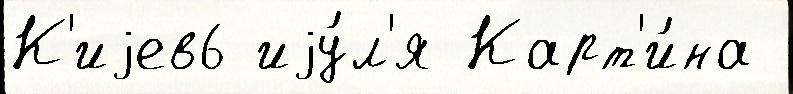
К'иjев6 иjу́л'я Карт'и́на